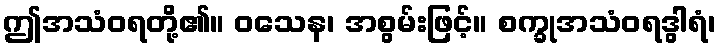
ဤအသံဝရတို့၏။ ဝသေန၊ အစွမ်းဖြင့်။ စက္ခုအသံဝရဒွါရံ၊